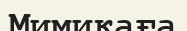
Мимикаға